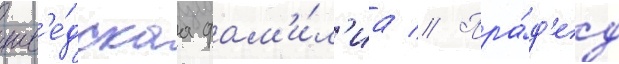
шв'е́дскаа фам'и́л'иа // Пра́д'ед